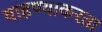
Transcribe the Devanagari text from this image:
वाहण्याकरता